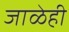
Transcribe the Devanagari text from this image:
जाळेही